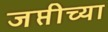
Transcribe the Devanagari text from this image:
जप्तीच्या